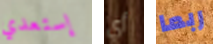
إستعدي أي ربما